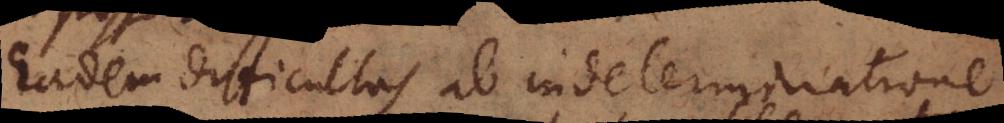
Eadem difficultas ab indeterminatione